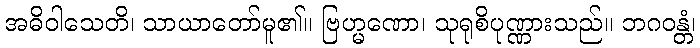
အဓိဝါသေတိ၊ သာယာတော်မူ၏။ ဗြဟ္မဏော၊ သုရုစိပုဏ္ဏားသည်။ ဘဂဝန္တံ၊